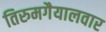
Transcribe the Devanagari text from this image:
तिरुमगैयालवार